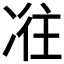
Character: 𠗤